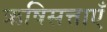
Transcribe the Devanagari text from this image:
ऋषिसत्ताएँ